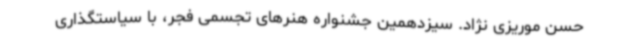
حسن موریزی نژاد. سیزدهمین جشنواره هنرهای تجسمی فجر، با سیاستگذاری